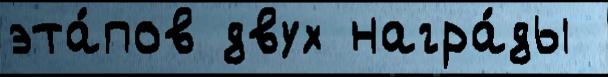
эта́пов двух награ́ды